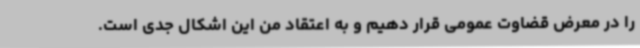
را در معرض قضاوت عمومی قرار دهیم و به اعتقاد من این اشکال جدی است.